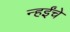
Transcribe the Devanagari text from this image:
न्हईंचे